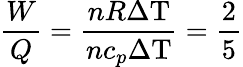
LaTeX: {\frac{W}{Q}}={\frac{nR\Delta\mathrm{T}}{nc_{p}\Delta\mathrm{T}}}={\frac{2}{5}}